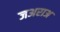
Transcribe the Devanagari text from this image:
जअराअ